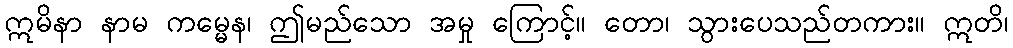
ဣမိနာ နာမ ကမ္မေန၊ ဤမည်သော အမှု ကြောင့်။ တော၊ သွားပေသည်တကား။ ဣတိ၊